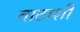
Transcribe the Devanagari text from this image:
ताटाशी